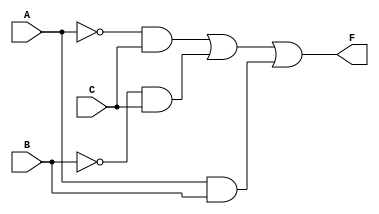
module combinational_logic_block (
    input wire A, // First input
    input wire B, // Second input
    input wire C, // Third input
    output wire F // Output
);

// Implementing the simplified logic expression
assign F = (~A & C) | (~B & C) | (A & B);

endmodule